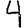
Digit: 4